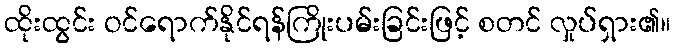
ထိုးထွင်း ဝင်ရောက်နိုင်ရန်ကြိုးပမ်းခြင်းဖြင့် စတင် လှုပ်ရှား၏။